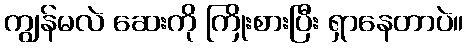
ကျွန်မလဲ ဆေးကို ကြိုးစားပြီး ရှာနေတာပဲ။